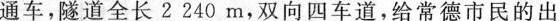
通车，隧道全长2240m，双向四车道，给常德市民的出